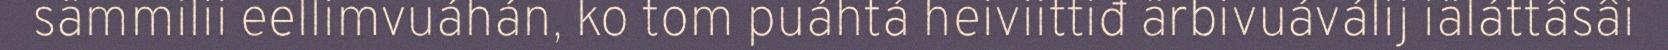
sämmilii eellimvuáhán, ko tom puáhtá heiviittiđ ärbivuáválij iäláttâsâi